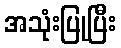
အသုံးပြုပြီး